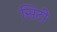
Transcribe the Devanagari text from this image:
सिटी